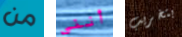
من أنني بتخريب